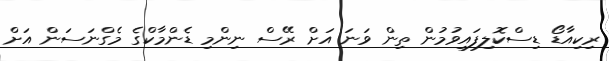
ރިކިއާޑޯ ޑިސްކޮލިފައިވުމުން ތިން ވަނަ އަށް ރޭސް ނިންމި ޑެންމާކްގެ މެގްނަސަން އަށް